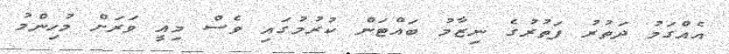
އެއްގަމު ދަތުރު ފަތުރުގެ ނިޒާމު ބައްޓަން ކުރުމުގައި ވެސް މިއީ ވަރަށް މުހިންމު